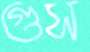
গুস